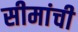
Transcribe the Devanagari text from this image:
सीमांची